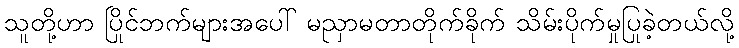
သူတို့ဟာ ပြိုင်ဘက်များအပေါ် မညှာမတာတိုက်ခိုက် သိမ်းပိုက်မှုပြုခဲ့တယ်လို့